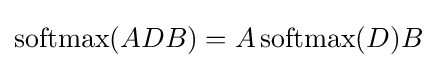
{\text{softmax}}(ADB)=A\,{\text{softmax}}(D)B